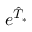
e ^ { \hat { T } _ { * } }